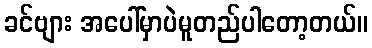
ခင်ဗျား အပေါ်မှာပဲမူတည်ပါတော့တယ်။